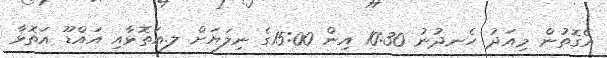
އެގޮތުން މިއަދު ހެނދުނު 10:30 އިން 15:00ގެ ނިލަޔަށް ލ.އަތޮޅާއި އައްޑޫ އަތޮޅާ